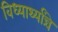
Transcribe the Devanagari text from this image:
विध्यार्थ्यांन्चे